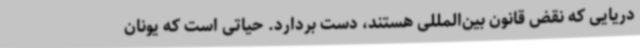
دریایی که نقض قانون بین‌المللی هستند، دست بردارد. حیاتی است که یونان